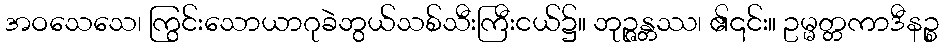
အဝသေသေ၊ ကြွင်းသောယာဂုခဲဘွယ်သစ်သီးကြီးငယ်၌။ ဘုဉ္ဇန္တဿ၊ ၏၎င်း။ ဥမ္မတ္တကာဒီနဉ္စ